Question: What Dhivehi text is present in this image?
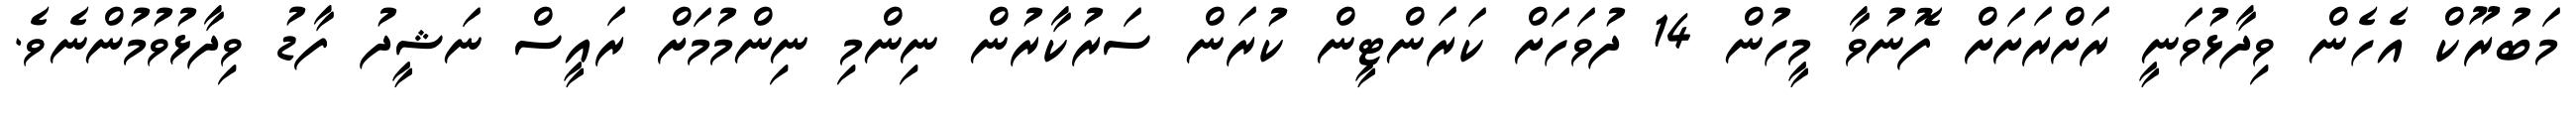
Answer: މަބުރޫކް އެހެން ވިދާޅުވަނީ ރަށްރަށަށް ފޮނުވާ މީހުން 14 ދުވަހަށް ކަރަންޓީން ކުރަން ސަރުކާރުން ނިންމި ނިންމުމަށް ރައީސް ނަޝީދު ފާޑު ވިދާޅުވުމުންނެވެ.